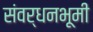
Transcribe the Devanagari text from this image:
संवर्धनभूमी